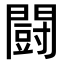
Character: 闘